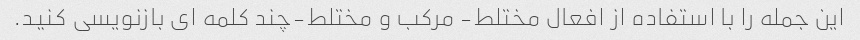
این جمله را با استفاده از افعال مختلط- مرکب و مختلط-چند کلمه ای بازنویسی کنید.